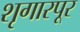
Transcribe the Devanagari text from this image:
शृगारपूर